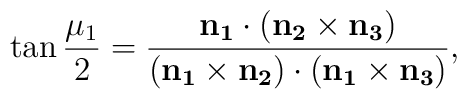
\tan{\frac{\mu_1}2} = \frac{\bf{n}_1\cdot(\bf{n}_2\times\bf{n}_3)} {(\bf{n}_1\times\bf{n}_2)\cdot(\bf{n}_1\times\bf{n}_3)},